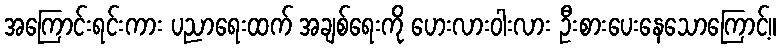
အကြောင်းရင်းကား ပညာရေးထက် အချစ်ရေးကို ဟေးလားဝါးလား ဦးစားပေးနေသောကြောင့်။